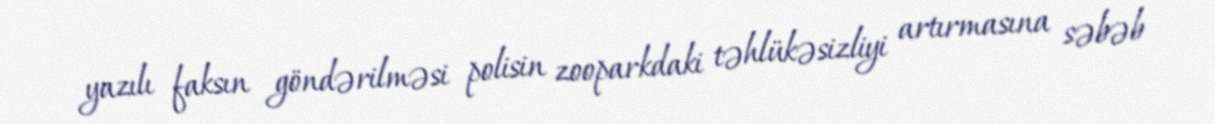
yazılı faksın göndərilməsi polisin zooparkdaki təhlükəsizliyi artırmasına səbəb